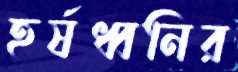
হর্ষধ্বনির